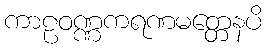
ကာဠဝဏ္ဏကရဏမတ္တေနပိ